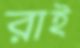
রাই